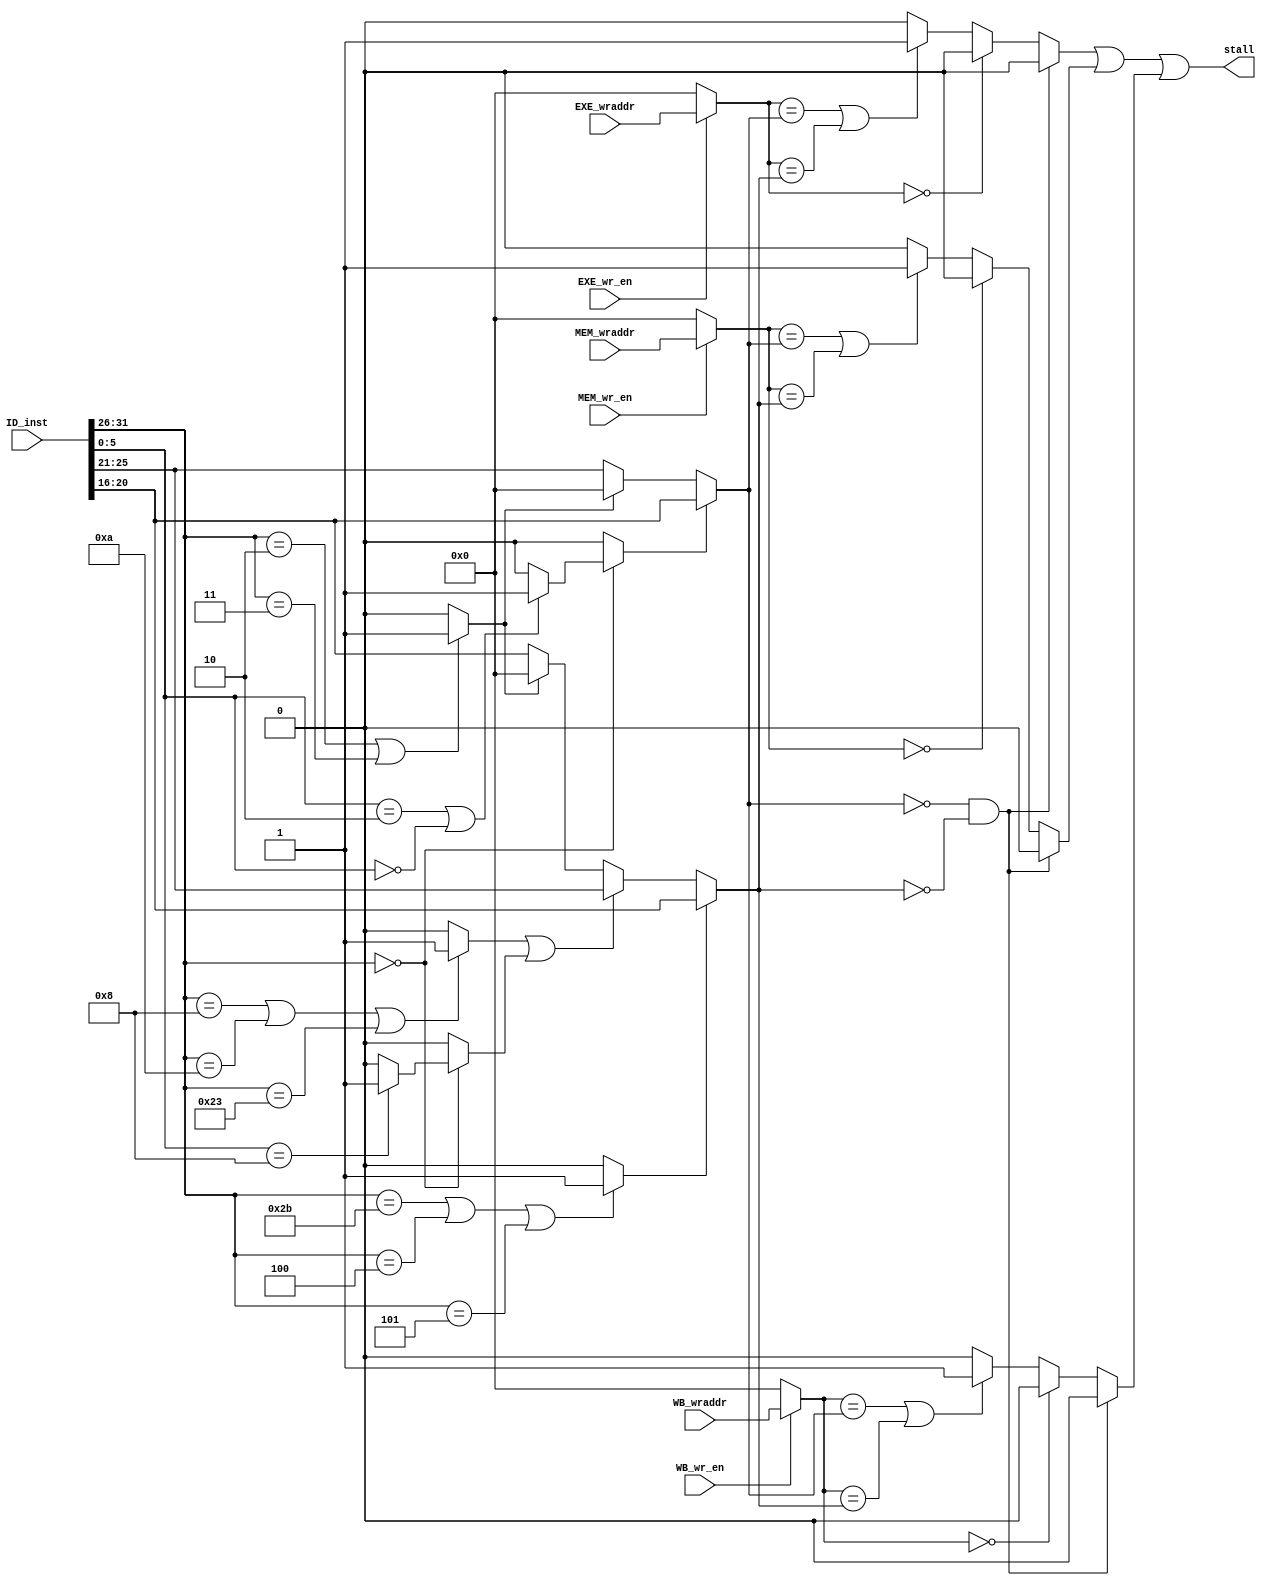
module hazard_unit(
	input [31:0] ID_inst,

	input [4:0] EXE_wraddr,
	input EXE_wr_en,

	input [4:0] MEM_wraddr,
	input MEM_wr_en,

	input [4:0] WB_wraddr,
	input WB_wr_en,

	output stall
);
	// Parameters for func & opcode
	parameter SLL = 6'h00;	// func
	parameter SRL = 6'h02;	// func
	parameter JR = 6'h08;	// func

	parameter ADDI = 6'h08;	// opcode
	parameter SLTI = 6'h0a;	// opcode
	parameter LW = 6'h23;	// opcode
	parameter SW = 6'h2b;	// opcode
	parameter BEQ = 6'h04;	// opcode
	parameter BNE = 6'h05;	// opcode

	parameter JUMP = 6'h02;	// opcode
	parameter JAL = 6'h03;	// opcode

	wire [4:0] ID_read1, ID_read2;				// Registers being read from
	wire [4:0] EXE_write, MEM_write, WB_write;	// Registers being written to
	wire EXE_stall, MEM_stall, WB_stall;		// Stall signals
	
	wire [5:0] ID_opcode, ID_func;
	wire [4:0] ID_rs, ID_rt;

	wire Rtype1, Rtype2, Itype1, Itype2, JtypeJR, Jtype;	// determine the inst type
															// Rtype1: ADD, SUB, SLT
															// Rtype2: SLL, SRL
															// Itype1: ADDI, SLTI, LW
															// Itype2: SW, BEQ, BNE
															// JtypeJR: JR
															// Jtype: J, JAL
	assign Rtype2 = (ID_opcode == 6'd0)? (((ID_func == SRL)||(ID_func == SLL))? 1: 0 ) : 0;
	assign Rtype1 = ~Rtype2;
	assign Jtype = (ID_opcode == JUMP)||(ID_opcode == JAL)? 1 : 0;
	assign Itype1 = ((ID_opcode == ADDI)||(ID_opcode == SLTI)||(ID_opcode == LW))? 1 : 0;
	assign Itype2 = ((ID_opcode == SW)||(ID_opcode == BEQ)||(ID_opcode == BNE))? 1 : 0;
	assign JtypeJR = (ID_opcode == 6'h0)? ((ID_func == JR)? 1: 0) : 0;

	assign ID_opcode = ID_inst[31:26];
	assign ID_func = ID_inst[5:0];
	assign ID_rs = ID_inst[25:21];
	assign ID_rt = ID_inst[20:16];

	// Assign read registers & write registers
	assign ID_read1 = Rtype2? ID_rt : (Jtype? 5'h0 : ID_rs );
	assign ID_read2 = Itype2? ID_rt : ((Itype1 || JtypeJR)? ID_rs : (Jtype? 5'h0:  ID_rt));
	
	assign EXE_write = EXE_wr_en? EXE_wraddr : 6'h0;
	assign MEM_write = MEM_wr_en? MEM_wraddr : 6'h0;
	assign WB_write = WB_wr_en? WB_wraddr : 6'h0;


	// Check for stalls from the EXE stage
	always@(*) begin
		if((ID_read1 == 0) && (ID_read2 == 0))
			EXE_stall = 0;
		else begin
			if(EXE_write == 0)
				EXE_stall = 0;
			else begin
				if((EXE_write == ID_read1) || (EXE_write == ID_read2))
					EXE_stall = 1;
				else
					EXE_stall = 0;
			end
		end
	end

	// Check for stalls from the MEM stage
	always@(*) begin
		if((ID_read1 == 0) && (ID_read2 == 0))
			MEM_stall = 0;
		else begin
			if(MEM_write == 0)
				MEM_stall = 0;
			else begin
				if((MEM_write == ID_read1) || (MEM_write == ID_read2))
					MEM_stall = 1;
				else
					MEM_stall = 0;
			end
		end
	end

	// Check for stalls from the WB stage
	always@(*) begin
		if((ID_read1 == 0) && (ID_read2 == 0))
			WB_stall = 0;
		else begin
			if(WB_write == 0)
				WB_stall = 0;
			else begin
				if((WB_write == ID_read1) || (WB_write == ID_read2))
					WB_stall = 1;
				else
					WB_stall = 0;
			end
		end
	end

	// Assign output
	assign stall = EXE_stall | MEM_stall | WB_stall;
endmodule